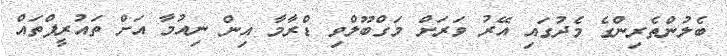
ބެލުންތެރިންގެ މެދުގައި އޭރު ވަރަށް މަގްބޫލްވި ޑްރާމާ އިން ނިއުމާ އަށް ތައުރީފްތައް